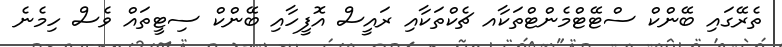
ތެރޭގައި ބޭންކް ސްޓޭޓްމެންޓްތަކާއ ޗެކްތަކާއި ރައީސް އޮފީހާއި ބޭންކް ސިޓީތައް ވެސް ހިމެނެ